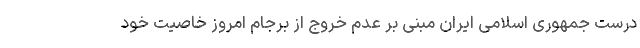
درست جمهوری اسلامی ایران مبنی بر عدم خروج از برجام امروز خاصیت خود